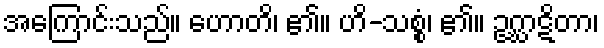
အကြောင်းသည်။ ဟောတိ၊ ၏။ ဟိ-သစ္စွံ၊ ၏။ ဥဂ္ဃာဋိတာ၊